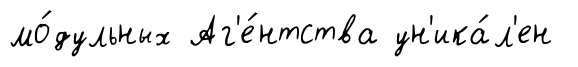
мо́дульных Аг'е́нтства ун'ика́л'ен